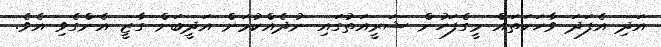
އަދި އެފަދަ ވާހަކަތައް މީގެފަހުން ޝަރީއަތުގައި ނުދެއްކުމަށް އަދީބަށް ގާޒީ އެންގެވި އެވެ.